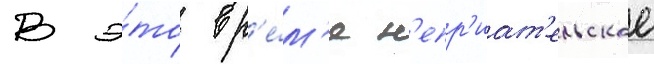
В э́то вр'е́м'я н'епр'иат'ельское